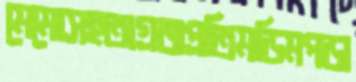
মেমোসহঅগ্রজপ্রতিমডিমপড়া